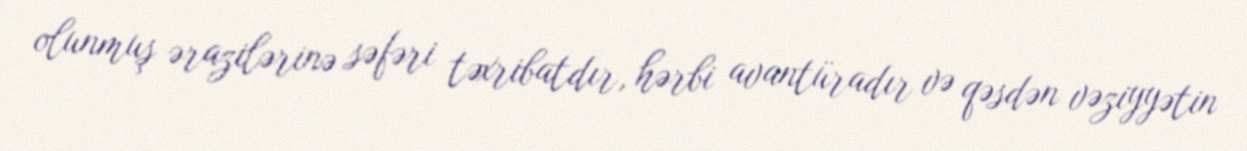
olunmuş ərazilərinə səfəri təxribatdır, hərbi avantüradır və qəsdən vəziyyətin